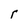
Character: r